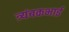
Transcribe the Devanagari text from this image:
त्र्यंबकभाई